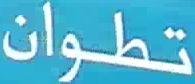
تطوان